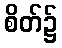
စိတ်၌